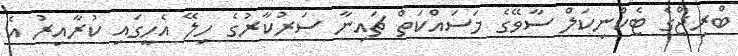
ބްރިޖްގެ ޓެކްނިކަލް ސާވޭގެ މަސައްކަތް ޗައިނާ ސަރުކާރުގެ ހިލޭ އެހީގައި ކުރާއިރު އެ